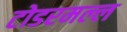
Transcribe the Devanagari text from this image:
टोडरमल्ल